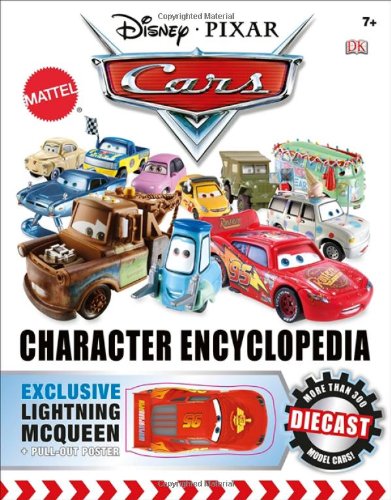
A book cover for Disney Pixar Cars: Character Encyclopedia; DK Publishing; Humor & Entertainment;